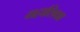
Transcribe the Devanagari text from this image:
महाशिक्षा